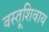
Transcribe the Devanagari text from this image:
वस्तूशिवाय